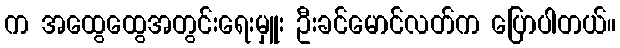
က အထွေထွေအတွင်းရေးမှူး ဦးခင်မောင်လတ်က ပြောပါတယ်။